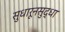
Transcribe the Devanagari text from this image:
सुधारूनसुद्धा